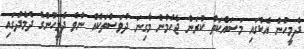
ދެމީހުން އެކުގައި މަސައްކަތް ކުރަން ޖެހުމުން މާގިނަ ދުވަސްތަކެއް ނުވެ ދެމީހުންގެ ދެމެދުގައި